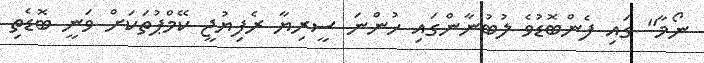
ނޯމާ" ގައި ފެންބޮޑުވެ ލުބުނާންގައި ހުންނަ ސީރިޔާ ރެފިޔުޖީ ކޭމްޕުތަކަށް ވަނީ ބޮޑެތި